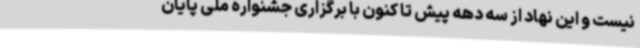
نیست و این نهاد از سه دهه پیش تا کنون با برگزاری جشنواره ملی پایان